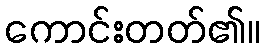
ကောင်းတတ်၏။